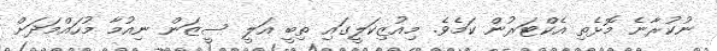
ނުކުރާނެ މޮޅެތި އެކްޓަރުން ކަމެވެ. މިއުޒިކަލީގައި ތިބީ އަލީ ސީޒަން ނިއުމާ މުހައްމަދަށް